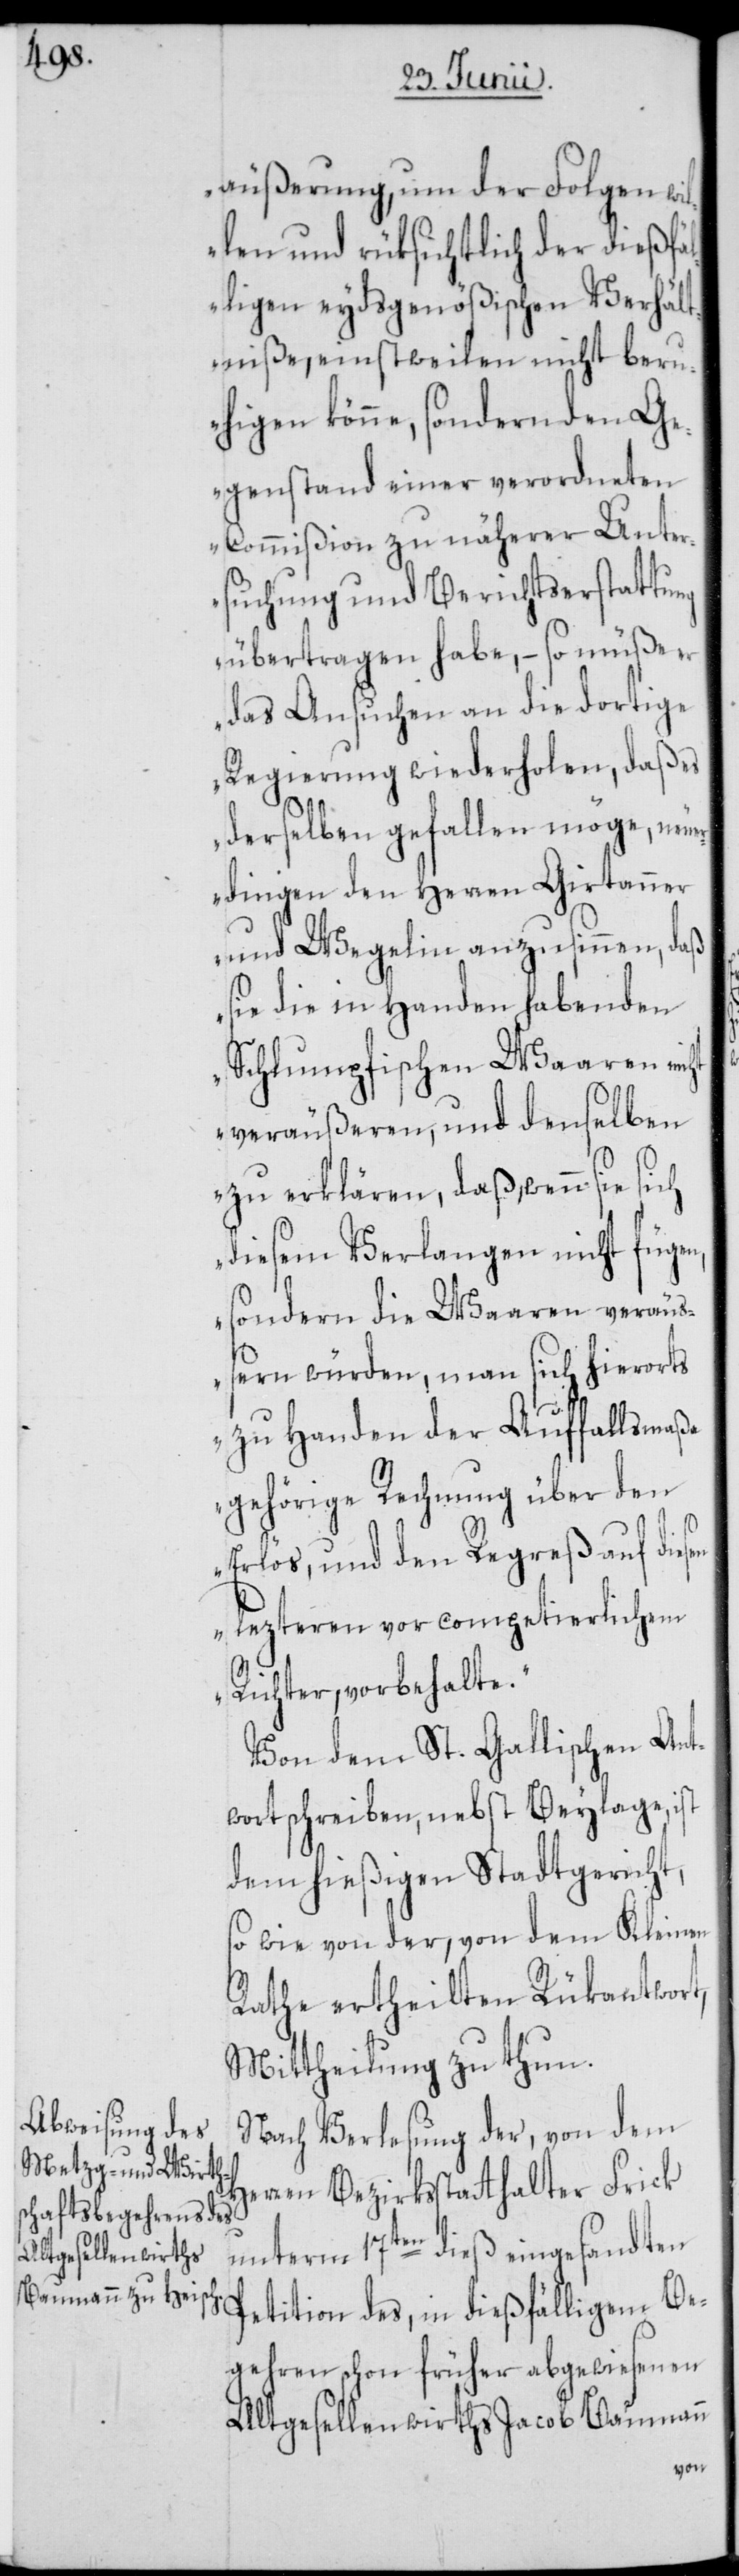
äußerung, um der Folgen wil¬
len und rüksichtlich der dießfä¬
lligen eydsgenößischen Verhält¬
niße, einstweilen nicht beru¬
higen könne, sondern den Ge¬
genstand einer verordneten
Commißion zu näherer Unte¬
rsuchung und Berichtserstattung
übertragen habe, – so müße er
das Ansuchen an die dortige
Regierung wiederholen, daß es
derselben gefallen möge, neu¬
erdingen den Herren Girtanner
und Wegelin anzusinnen, daß
sie die in Handen habenden
Schlumpfischen Waaren
veräußeren, und denselben
zu erklären, daß, wenn sie sich
diesem Verlangen nicht fügen,
sondern die Waaren veräuß¬
eren würden, man sich hierorts
zu Handen der Auffallsmaßa
gehörige Rechnung über den
Erlös, und den Regreß auf dies¬
en lezteren vor competierlichem
Richter, vorbehalte.“
Von dem St. Gallischen Ant¬
wortschreiben, nebst Beylage, ist
dem hießigen Stadtgericht,
so wie von der, von dem Kleinen
Rathe ertheilten Rükantwort,
Mittheilung zu thun.
Nach Verlesung der, von dem
Herren Bezirksstatthalter Frick
unterm 17ten dieß eingesandten
Petition des, in dießfälligem Be¬
gehren schon füher abgewiesenen
Altgesellenwirths Jacob Baumann